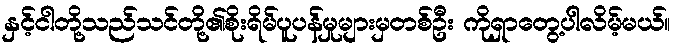
နှင့်ငါတို့သည်သင်တို့၏စိုးရိမ်ပူပန်မှုများမှတစ်ဦး ကိုရှာတွေ့ပါလိမ့်မယ်။